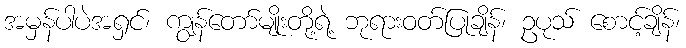
အမှန်ပါပဲအရှင်၊ ကျွန်တော်မျိုးတို့ရဲ့ ဘုရားဝတ်ပြုချိန်၊ ဥပုသ် စောင့်ချိန်၊